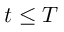
t \leq T